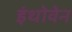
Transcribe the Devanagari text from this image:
इंथोवेन